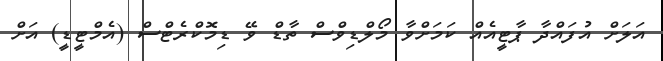
އަލަށް އުފައްދާ ޕާޓީއެއް ކަމަށްވާ މޯލްޑިވްސް ތާޑް ވޭ ޑިމޮކްރެޓްސް (އެމްޓީޑީ) އަށް